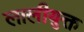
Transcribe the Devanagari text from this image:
लालीयुक्त